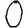
Digit: 0